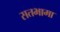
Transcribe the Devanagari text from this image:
सतभामा